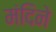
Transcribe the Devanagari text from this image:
मंदिने